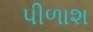
પીળાશ